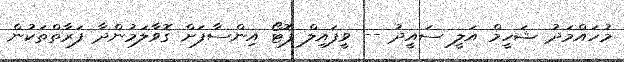
މުހައްމަދު ޝަހީމް އަލީ ސައީދު -- ވީފައިލް ފޮޓޯ އިންސާފަށް ގޮވާލަމުންދާ ފަރާތްތަކުން